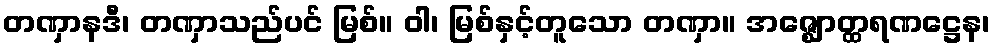
တဏှာနဒီ၊ တဏှာသည်ပင် မြစ်။ ဝါ၊ မြစ်နှင့်တူသော တဏှာ။ အဇ္ဈောတ္ထရဏဋ္ဌေန၊